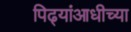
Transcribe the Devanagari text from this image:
पिढ्यांआधीच्या